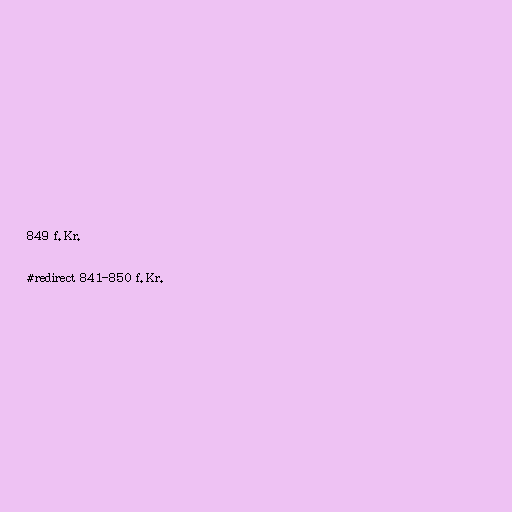
849 f.Kr.

#redirect 841-850 f.Kr.